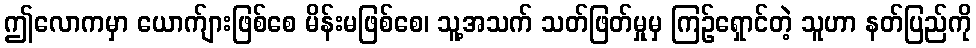
ဤလောကမှာ ယောက်ျားဖြစ်စေ မိန်းမဖြစ်စေ၊ သူ့အသက် သတ်ဖြတ်မှုမှ ကြဉ်ရှောင်တဲ့ သူဟာ နတ်ပြည်ကို